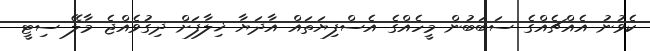
ކެވުނު އެއްޗެއްގެ ސަބަބުން މީހެއްގެ އެސްފިޔަތައް އާދަޔާ ޚިލާފަށް ދިގުވެއްޖެ މާލޭ ސިޓީ